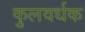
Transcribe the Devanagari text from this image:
कुलवर्धक